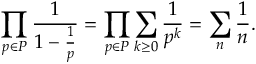
\prod _ { p \in P } { \frac { 1 } { 1 - { \frac { 1 } { p } } } } = \prod _ { p \in P } \sum _ { k \geq 0 } { \frac { 1 } { p ^ { k } } } = \sum _ { n } { \frac { 1 } { n } } .